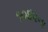
૧૦૪૨ના